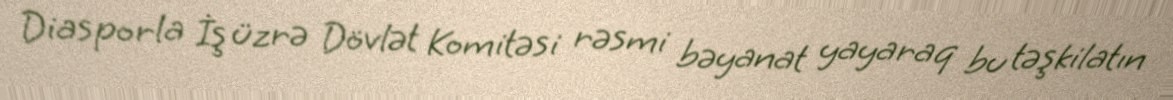
Diasporla İş üzrə Dövlət Komitəsi rəsmi bəyanat yayaraq bu təşkilatın